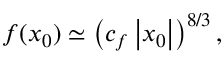
f ( x _ { 0 } ) \simeq \left( c _ { f } \left| x _ { 0 } \right| \right) ^ { 8 / 3 } ,